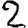
Digit: 2